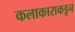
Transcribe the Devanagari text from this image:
कलाकाराकडून